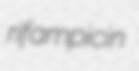
rifampicin